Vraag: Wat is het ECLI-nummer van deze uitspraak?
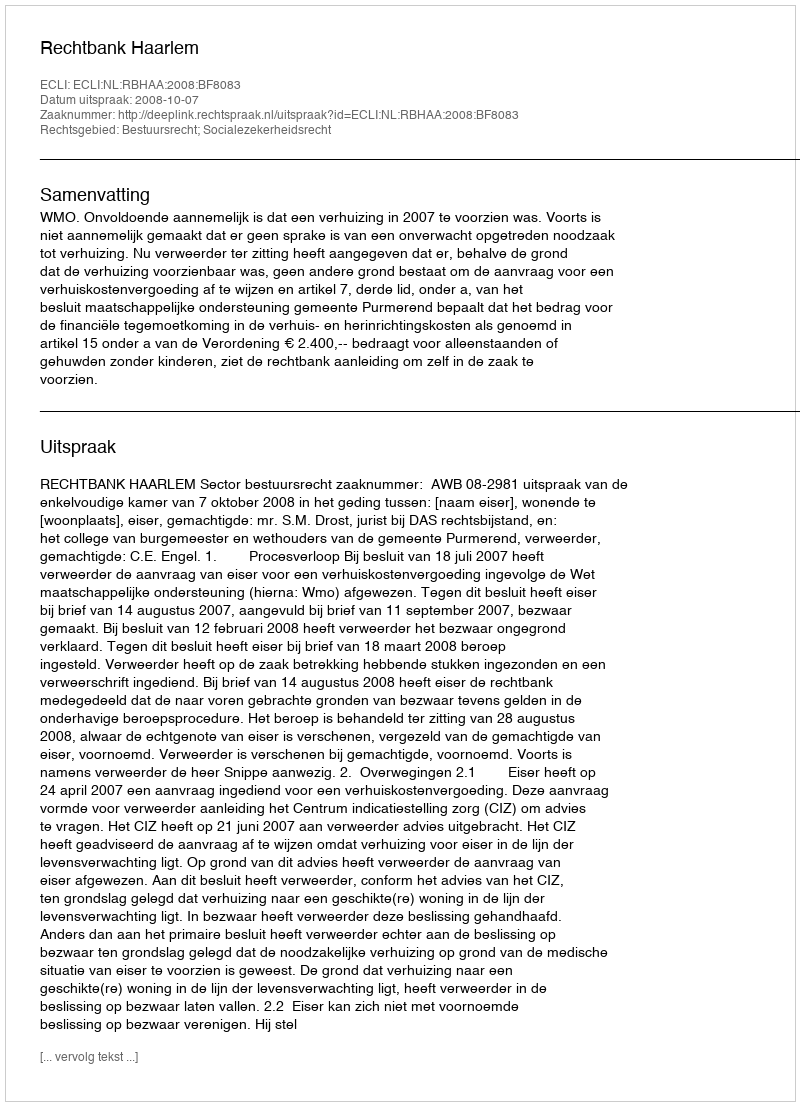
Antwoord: ECLI:NL:RBHAA:2008:BF8083